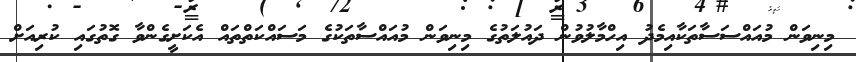
މިނިވަން މުއައްސަސާތަކާއިމެދު އިހްމާލުވުން ދައުލަތުގެ މިނިވަން މުއައްސާތަކުގެ މަސައްކަތްތައް އެކަށީގެންވާ ގޮތުގައި ކުރިއަށް